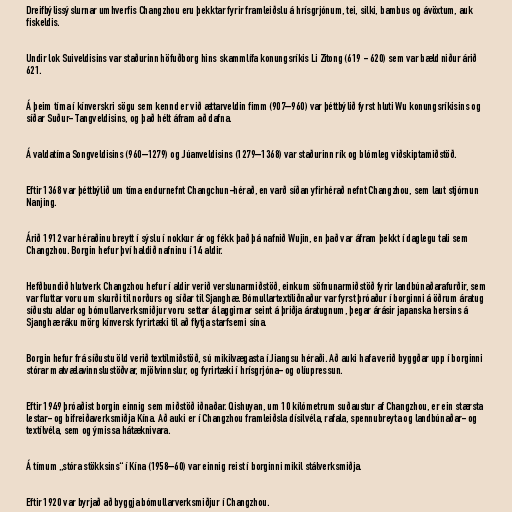
Dreifbýlissýslurnar umhverfis Changzhou eru þekktar fyrir framleiðslu á hrísgrjónum, tei, silki, bambus og ávöxtum, auk
fiskeldis.

Undir lok Suiveldisins var staðurinn höfuðborg hins skammlífa konungsríkis Li Zitong (619 - 620) sem var bæld niður árið
621.

Á þeim tíma í kínverskri sögu sem kennd er við ættarveldin fimm (907–960) var þéttbýlið fyrst hluti Wu konungsríkisins og
síðar Suður- Tangveldisins, og það hélt áfram að dafna.

Á valdatíma Songveldisins (960–1279) og Júanveldisins (1279–1368) var staðurinn rík og blómleg viðskiptamiðstöð.

Eftir 1368 var þéttbýlið um tíma endurnefnt Changchun-hérað, en varð síðan yfirhérað nefnt Changzhou, sem laut stjórnun
Nanjing.

Árið 1912 var héraðinu breytt í sýslu í nokkur ár og fékk það þá nafnið Wujin, en það var áfram þekkt í daglegu tali sem
Changzhou. Borgin hefur því haldið nafninu í 14 aldir.

Hefðbundið hlutverk Changzhou hefur í aldir verið verslunarmiðstöð, einkum söfnunarmiðstöð fyrir landbúnaðarafurðir, sem
var fluttar voru um skurði til norðurs og síðar til Sjanghæ. Bómullartextíliðnaður var fyrst þróaður í borginni á öðrum áratug
síðustu aldar og bómullarverksmiðjur voru settar á laggirnar seint á þriðja áratugnum, þegar árásir japanska hersins á
Sjanghæ ráku mörg kínversk fyrirtæki til að flytja starfsemi sína.

Borgin hefur frá síðustu öld verið textílmiðstöð, sú mikilvægasta í Jiangsu héraði. Að auki hafa verið byggðar upp í borginni
stórar matvælavinnslustöðvar, mjölvinnslur, og fyrirtæki í hrísgrjóna- og olíupressun.

Eftir 1949 þróaðist borgin einnig sem miðstöð iðnaðar. Qishuyan, um 10 kílómetrum suðaustur af Changzhou, er ein stærsta
lestar- og bifreiðaverksmiðja Kína. Að auki er í Changzhou framleiðsla dísilvéla, rafala, spennubreyta og landbúnaðar- og
textílvéla, sem og ýmissa hátæknivara.

Á tímum „stóra stökksins“ í Kína (1958–60) var einnig reist í borginni mikil stálverksmiðja.

Eftir 1920 var byrjað að byggja bómullarverksmiðjur í Changzhou.